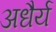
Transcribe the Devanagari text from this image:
अधैर्य